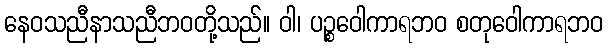
နေဝသညီနာသညီဘဝတို့သည်။ ဝါ၊ ပဉ္စဝေါကာရဘဝ စတုဝေါကာရဘဝ